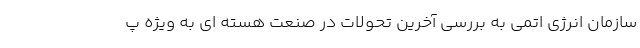
سازمان انرژی اتمی به بررسی آخرین تحولات در صنعت هسته ای به ویژه پ